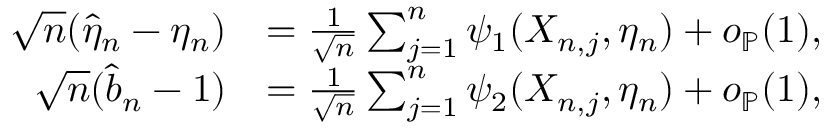
\begin{array} { r l } { \sqrt { n } ( \widehat { \eta } _ { n } - \eta _ { n } ) } & { = \frac { 1 } { \sqrt { n } } \sum _ { j = 1 } ^ { n } \psi _ { 1 } ( X _ { n , j } , \eta _ { n } ) + o _ { \mathbb { P } } ( 1 ) , } \\ { \sqrt { n } ( \widehat { b } _ { n } - 1 ) } & { = \frac { 1 } { \sqrt { n } } \sum _ { j = 1 } ^ { n } \psi _ { 2 } ( X _ { n , j } , \eta _ { n } ) + o _ { \mathbb { P } } ( 1 ) , } \end{array}